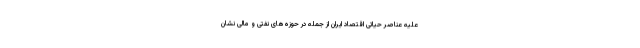
علیه عناصر حیاتی اقتصاد ایران از جمله در حوزه‌های نفتی و مالی نشان